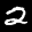
Digit: 2